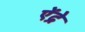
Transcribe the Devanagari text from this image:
ऐंद्रे